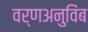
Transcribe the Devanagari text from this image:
वर्णअनुविंब